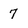
Character: 7